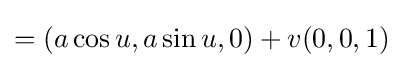
=(a\cos u,a\sin u,0)+v(0,0,1)